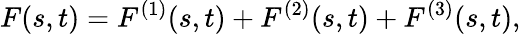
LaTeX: F(s,t)=F^{(1)}(s,t)+F^{(2)}(s,t)+F^{(3)}(s,t),